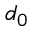
d _ { 0 }